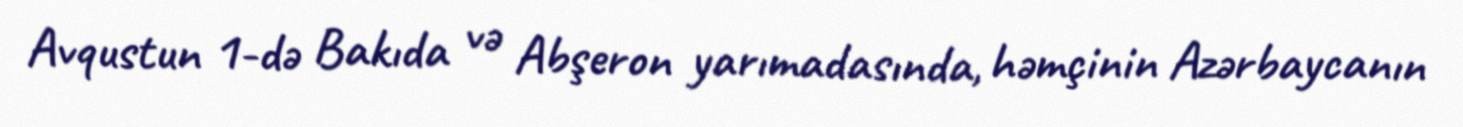
Avqustun 1-də Bakıda və Abşeron yarımadasında, həmçinin Azərbaycanın